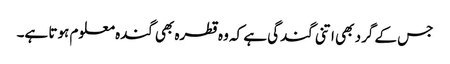
جس کے گرد بھی اتنی گندگی ہے کہ وہ قطرہ بھی گندہ معلوم ہوتا ہے۔